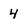
Character: 4